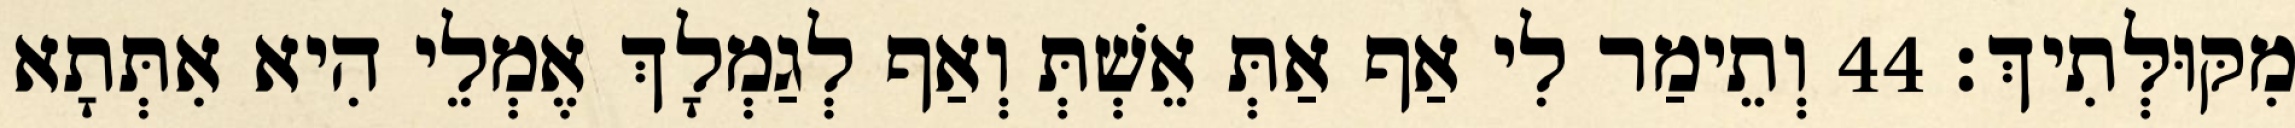
מִקּוּלְּתִיךְ׃ 44 וְתֵימַר לִי אַף אַתְּ אֵשְׁתְּ וְאַף לְגַמְלָךְ אֶמְלֵי הִיא אִתְּתָא